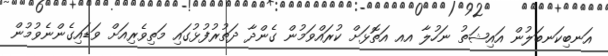
އަނބިކަނބަލުން އައިޝަތު ނަހުލާ އއ އަތޮޅަށް ކުރައްވަމުން ގެންދާ ދަތުރުފުޅުގައި މަތިވެރިއަށް ވަޑައިގެންނެވުމުން